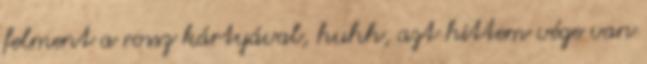
felment a rossz kártyával, huhh, azt hittem vége van